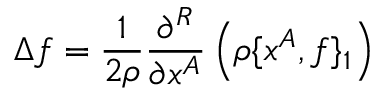
\Delta f = \frac { 1 } { 2 \rho } \frac { \partial ^ { R } } { \partial x ^ { A } } \left( \rho \{ x ^ { A } , f \} _ { 1 } \right)